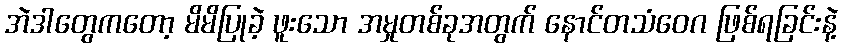
အဲဒါတွေကတော့ မိမိပြုခဲ့ ဖူးသော အမှုတစ်ခုအတွက် နောင်တသံဝေဂ ဖြစ်ရခြင်းနဲ့